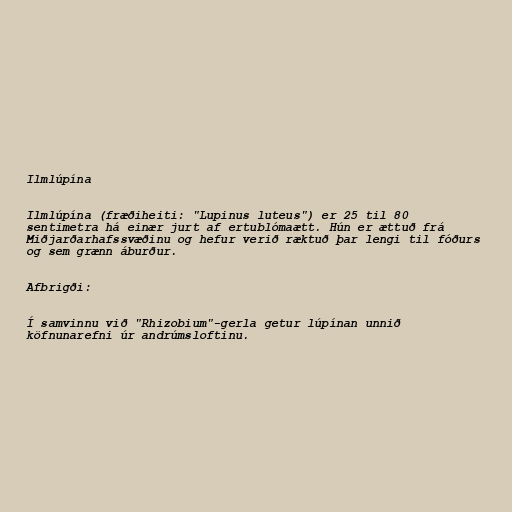
Ilmlúpína

Ilmlúpína (fræðiheiti: "Lupinus luteus") er 25 til 80
sentimetra há einær jurt af ertublómaætt. Hún er ættuð frá
Miðjarðarhafssvæðinu og hefur verið ræktuð þar lengi til fóðurs
og sem grænn áburður.

Afbrigði:

Í samvinnu við "Rhizobium"-gerla getur lúpínan unnið
köfnunarefni úr andrúmsloftinu.